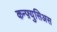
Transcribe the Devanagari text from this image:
कन्फ़्युसिअस